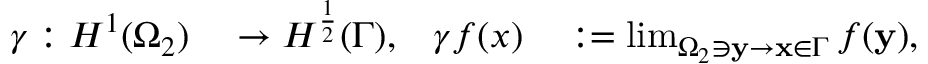
\begin{array} { r l r l } { \gamma : H ^ { 1 } ( \Omega _ { 2 } ) } & { { } \rightarrow H ^ { \frac { 1 } { 2 } } ( \Gamma ) , } & { \gamma f ( x ) } & { { } : = \operatorname* { l i m } _ { \Omega _ { 2 } \ni \mathbf { y } \rightarrow \mathbf { x } \in \Gamma } f ( \mathbf { y } ) , } \end{array}